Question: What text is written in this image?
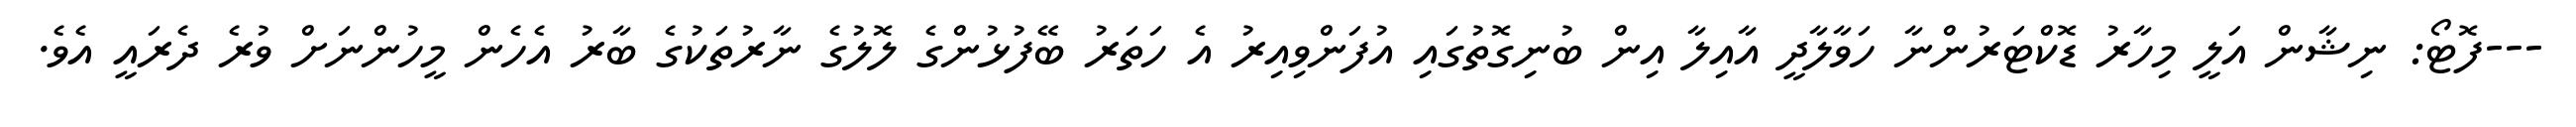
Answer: ---ފޮޓޯ: ނިޝާން އަލީ މިހާރު ޑޮކްޓަރުންނާ ހަވާލާދީ އާއިލާ އިން ބުނިގޮތުގައި އުފަންވިއިރު އެ ހަތަރު ބޭފުޅުންގެ ލޮލުގެ ނާރުތަކުގެ ބާރު އެހެން މީހުންނަށް ވުރެ ދެރައީ އެވެ.